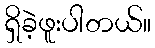
ရှိခဲ့ဖူးပါတယ်။